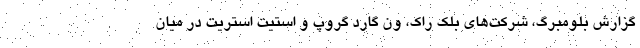
گزارش بلومبرگ، شرکت‌های بلک راک، ون گارد گروپ و استیت استریت در میان